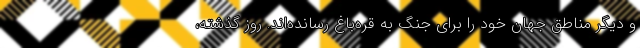
و دیگر مناطق جهان خود را برای جنگ به قره‌باغ رسانده‌اند. روز گذشته،